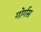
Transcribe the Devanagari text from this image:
गोर्गस